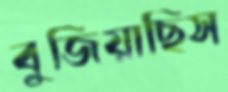
বুজিয়াছিস